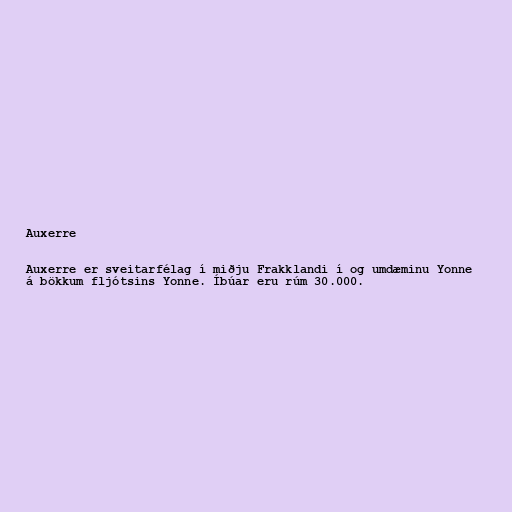
Auxerre

Auxerre er sveitarfélag í miðju Frakklandi í og umdæminu Yonne
á bökkum fljótsins Yonne. Íbúar eru rúm 30.000.